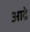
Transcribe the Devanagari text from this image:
आद्रे